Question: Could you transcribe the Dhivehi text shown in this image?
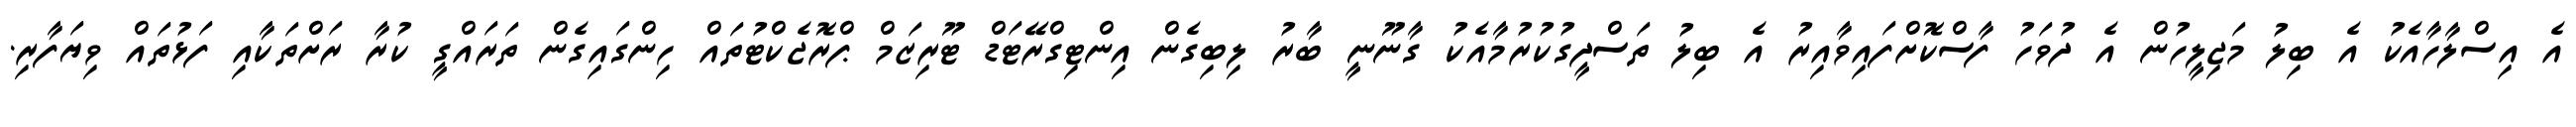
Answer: އެ އިސްލާހާއެކު އެ ބިލު މަޖިލީހުން އެ ދުވަހު ފާސްކޮށްފައިވާއިރު އެ ބިލު ތަސްދީގުކުރުމާއެކު ގާނޫނީ ބާރު ލިބިގެން އިންޓިގްރޭޓަޑް ޓޫރިޒަމް ޕްރޮޖެކްޓުތައް ހިންގައިގެން ތަރައްގީ ކުރާ ރަށްތަކާއި ފަޅުތައް ވިޔަފާރި.